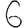
Digit: 6